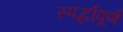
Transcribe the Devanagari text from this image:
स्पर्द्धापूर्ण